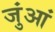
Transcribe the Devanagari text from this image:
जुंआं